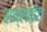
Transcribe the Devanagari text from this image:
सप्लाईंग